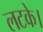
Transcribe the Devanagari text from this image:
लटके।